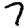
Digit: 7